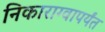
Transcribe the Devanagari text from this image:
निकाराग्वापर्यंत